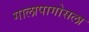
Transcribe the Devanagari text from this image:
गालापागोसला